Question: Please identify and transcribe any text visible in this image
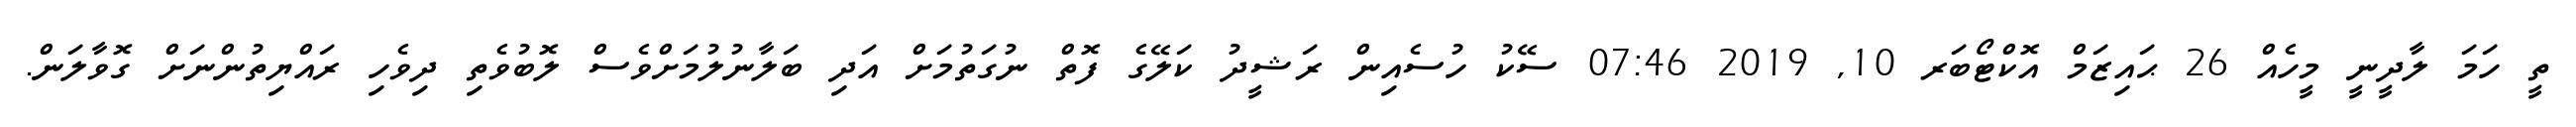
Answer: ތީ ހަމަ ލާދީނީ މީހެއް 26 ޙައިޒަމް އޮކްޓޯބަރ 10, 2019 07:46 ސޭކު ހުސެއިން ރަޝީދު ކަލޭގެ ފޮތް ނުގަތުމަށް އަދި ބަލާނުލުމަށްވެސް ލޮބުވެތި ދިވެހި ރައްޔިތުންނަށް ގޮވާލަން.